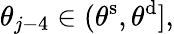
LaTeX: \theta_{j-4}\in(\theta^{\mathrm{s}},\theta^{\mathrm{d}}],